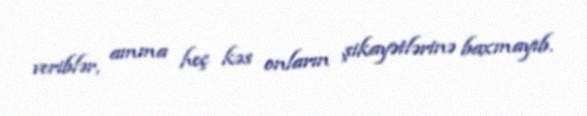
veriblər, amma heç kəs onların şikayətlərinə baxmayıb.